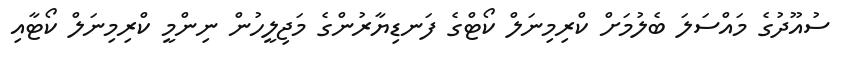
ސުއޫދުގެ މައްސަލަ ބެލުމަށް ކްރިމިނަލް ކޯޓްގެ ފަނޑިޔާރުންގެ މަޖިލީހުން ނިންމީ ކްރިމިނަލް ކޯޓާއި